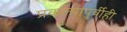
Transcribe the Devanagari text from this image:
प्रकल्पापुर्वीही